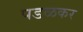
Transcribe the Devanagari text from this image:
पडळकर